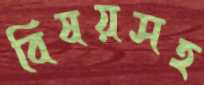
বিষয়সহ